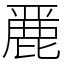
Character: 䴡